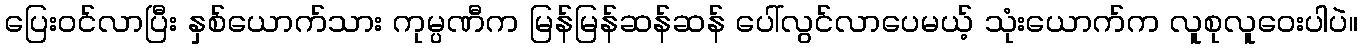
ပြေးဝင်လာပြီး နှစ်ယောက်သား ကုမ္ပဏီက မြန်မြန်ဆန်ဆန် ပေါ်လွင်လာပေမယ့် သုံးယောက်က လူစုလူဝေးပါပဲ။